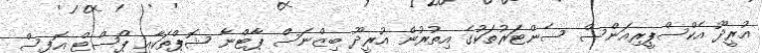
އުރީދޫ އެކްސްޕީރިއަންސް ސެންޓަރުތަކުގެ އިތުރުން އުރީދޫ ބިޒްނަސް ޕާޓްނާ ޝޮޕްތަކާއި ޕޯސްޓް އޮފީސް